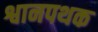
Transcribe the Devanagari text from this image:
श्वानपथक